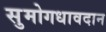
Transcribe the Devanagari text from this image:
सुमोगधावदान